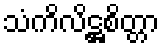
သံကိလိဋ္ဌစိတ္တာ